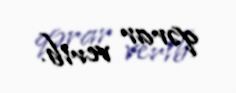
qərar verib.